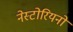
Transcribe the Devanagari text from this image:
नेस्टोरियनों